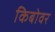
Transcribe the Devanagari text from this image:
किबोवर